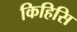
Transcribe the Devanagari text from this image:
किहिसि